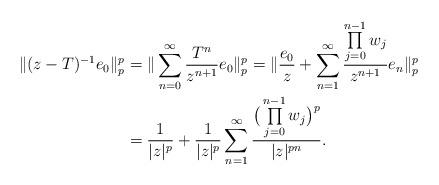
LaTeX: \begin{align*}\|(z-T)^{-1}e_0\|^{p}_{p}&=\|\sum\limits_{n=0}^{\infty}\frac{T^n}{z^{n+1}}e_0\|^{p}_{p}=\|\frac{e_0}{z}+\sum\limits_{n=1}^{\infty}\frac{\prod\limits_{j=0}^{n-1}w_j}{z^{n+1}}e_n\|^{p}_{p}\\&=\frac{1}{|z|^p}+\frac{1}{|z|^p}\sum\limits_{n=1}^{\infty}\frac{\big(\prod\limits_{j=0}^{n-1}w_j\big)^p}{|z|^{pn}}.\end{align*}